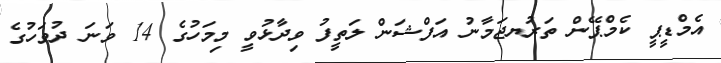
އެމްޑީޕީ ކެމްޕޭން ތަރުޔޖަމާނު އަފްޝަން ލަތީފު ވިދާޅުވީ މިމަހުގެ 14 ވަނަ ދުވަހުގެ